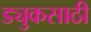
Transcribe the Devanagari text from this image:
ड्युकसाठी